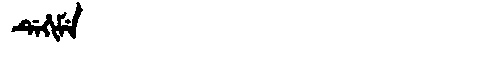
Manchu: ᡩᡝᡥᡳᠮᡝ
Romanization: DEHIME